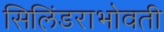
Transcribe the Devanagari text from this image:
सिलिंडराभोवती